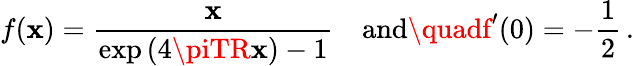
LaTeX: f(\mathbf{x})=\frac{{\mathbf{x}}}{{\exp{(4\piTR\mathbf{x})}-1}}\quad\mathrm{{and}}\quadf^{\prime}(0)=-\frac{{1}}{{2}}\, {.}